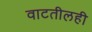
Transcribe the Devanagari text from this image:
वाटतीलही